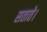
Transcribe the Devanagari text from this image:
सताते।